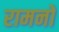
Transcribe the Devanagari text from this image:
रामनों